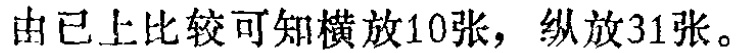
由已上比较可知横放10张，纵放31张。